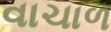
વાચાળ